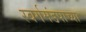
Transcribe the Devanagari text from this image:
स्वर्गमंडपाच्या